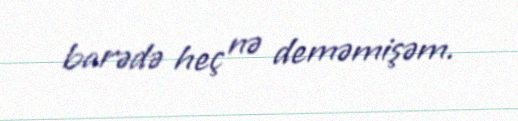
barədə heç nə deməmişəm.